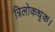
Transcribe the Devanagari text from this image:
त्रिलोकधृक।